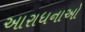
આરાધનાઓ